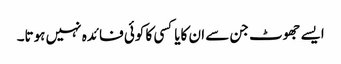
ایسے جھوٹ جن سے ان کایاکسی کا کوئی فائدہ نہیں ہوتا۔